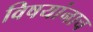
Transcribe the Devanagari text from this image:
विषयांनाच